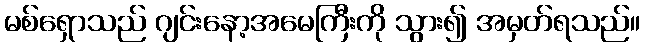
မစ်ရှောသည် ဂျင်းနော့အမေကြီးကို သွား၍ အမှတ်ရသည်။